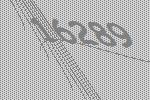
16289